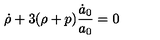
\dot { \rho } + 3 ( \rho + p ) \frac { \dot { a } _ { 0 } } { a _ { 0 } } = 0